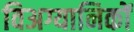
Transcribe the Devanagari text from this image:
विअग्यानिकों